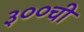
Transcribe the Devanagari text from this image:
३००ची